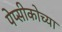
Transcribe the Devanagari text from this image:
पेप्सीकोच्या